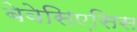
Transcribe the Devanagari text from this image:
बेवेसिएसिस